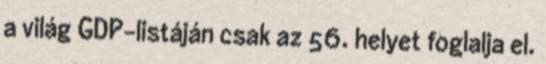
a világ GDP-listáján csak az 56. helyet foglalja el.